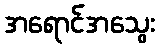
အရောင်အသွေး